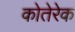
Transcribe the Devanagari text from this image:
कोतेरेक